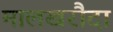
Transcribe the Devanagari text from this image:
मालखरौदा